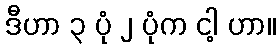
ဒီဟာ ၃ ပုံ ၂ ပုံက ငါ့ ဟာ။